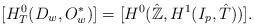
LaTeX: \begin{align*}[H^0_T(D_w,O_w^{*})]=[H^0(\hat{\mathbb{Z}},H^1(I_p,\hat{T}))].\end{align*}